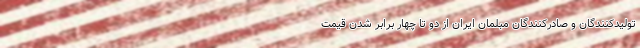
تولیدکنندگان و صادرکنندگان مبلمان ایران از دو تا چهار برابر شدن قیمت